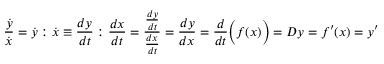
{ \frac { \dot { y } } { \dot { x } } } = { \dot { y } } : { \dot { x } } \equiv { \frac { d y } { d t } } : { \frac { d x } { d t } } = { \frac { \frac { d y } { d t } } { \frac { d x } { d t } } } = { \frac { d y } { d x } } = { \frac { d } { d t } } { \Bigl ( } f ( x ) { \Bigr ) } = D y = f ^ { \prime } ( x ) = y ^ { \prime }